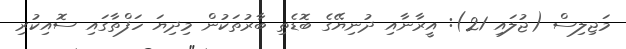
މަޖިލިސް (ޖުލައި 21): އީރާނާއި ދުނިޔޭގެ ބޮޑެތި ބާރުތަކުން މިދިޔަ ހަފްތާގައި ސޮއިކުރި